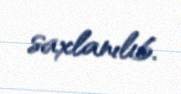
saxlanılıb.